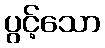
ပွင့်သော